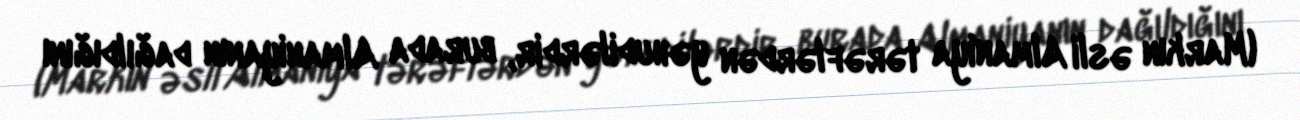
(Markın əsli Almaniya tərəflərdən yəhudilərdir, burada Almaniyanın dağıldığını